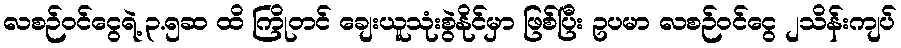
လစဉ်ဝင်ငွေရဲ့ ၃.၅ဆ ထိ ကြိုတင် ချေးယူသုံးစွဲနိုင်မှာ ဖြစ်ပြီး ဥပမာ လစဉ်ဝင်ငွေ ၂သိန်းကျပ်